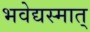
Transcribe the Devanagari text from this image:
भवेद्यस्मात्